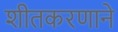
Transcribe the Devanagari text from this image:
शीतकरणाने